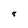
Character: 8